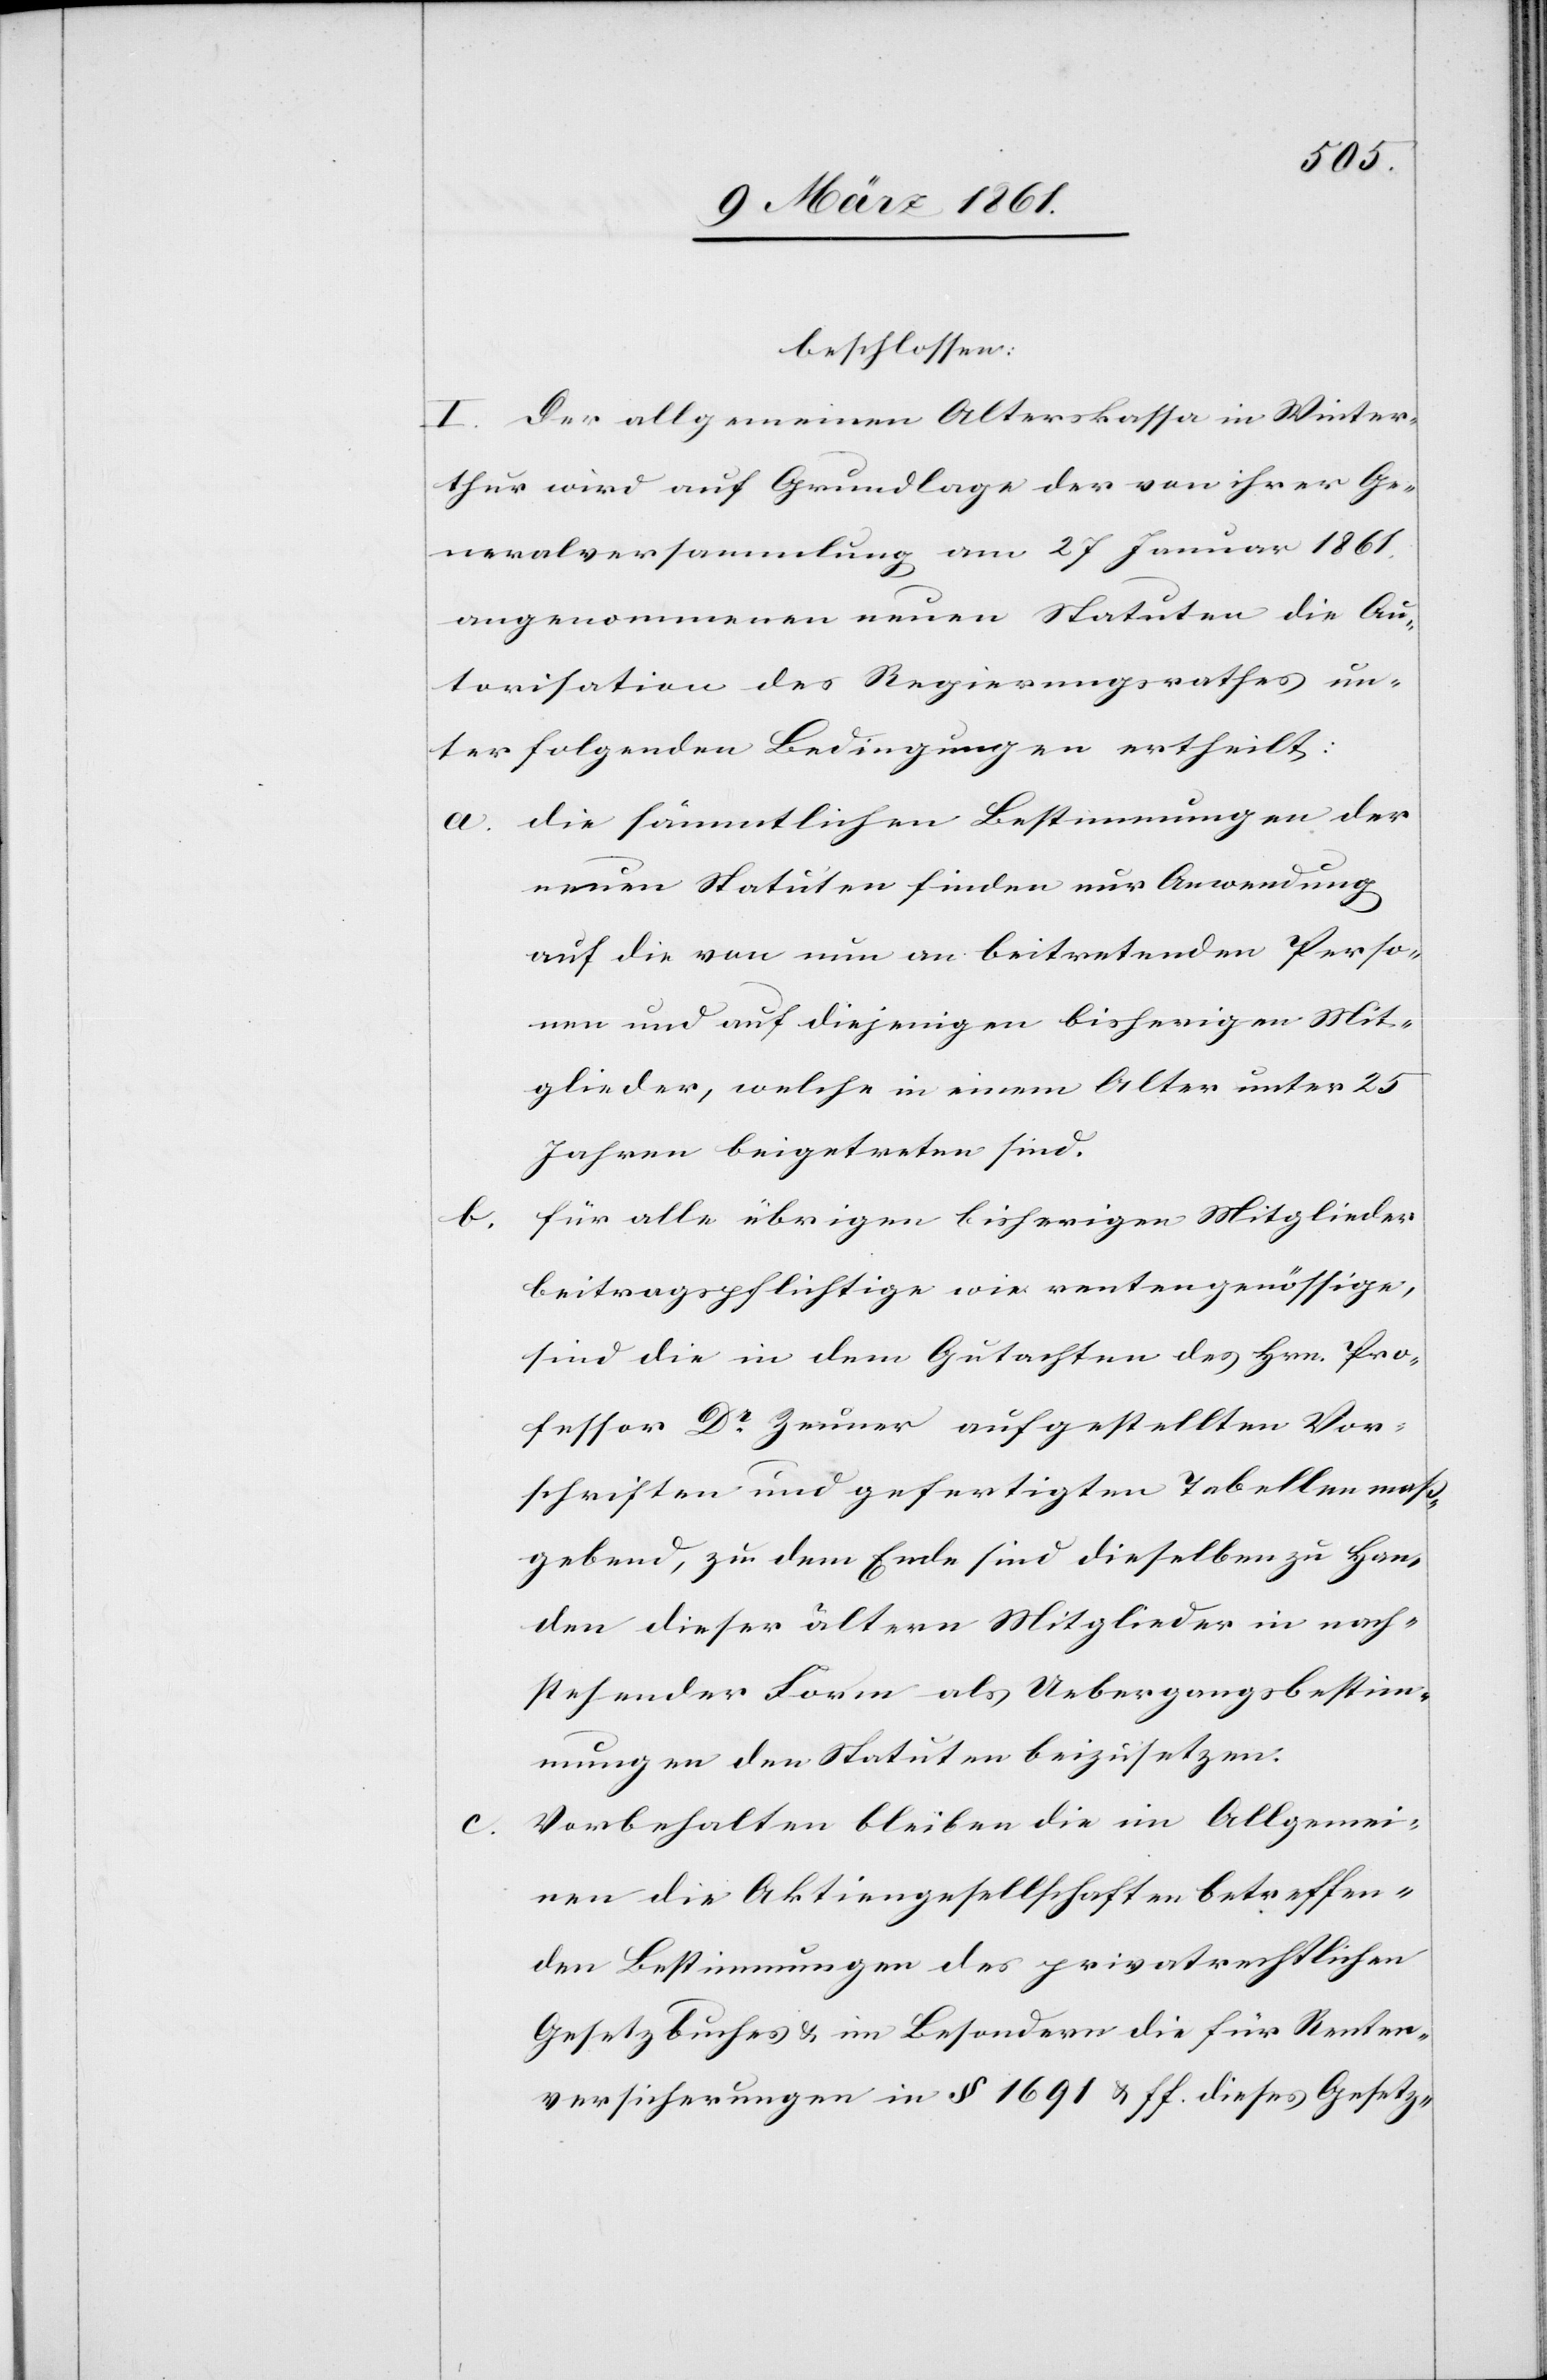
beschlossen:
I. Der allgemeinen Alterskassa in Winter¬
thur wird auf Grundlage der von ihrer Ge¬
neralversammlung am 27 Januar 1861
angenommenen neuen Statuten die Or¬
ganisation des Regierungsrathes un¬
ter folgenden Bedingungen ertheilt:
a. die sämmtlichen Bestimmungen der
neuen Statuten finden nur Anwendung
auf die von nun an beitretenden Perso¬
nen und auf diejenigen bisherigen Mit¬
glieder, welche in einem Alter unter 25
Jahren beigetreten sind.
für alle übrigen bisherigen Mitglieder
b.
beitragspflichtige wie rentengenössige,
sind die in dem Gutachten des Hrn. Pro¬
fessor Dr. Zeuner aufgestellten Vor¬
schriften und gefertigten Tabellen maß¬
gebend, zu dem Ende sind dieselben zu Han¬
den dieser ältern Mitglieder in nach¬
stehender Form als Uebergangsbestim¬
mungen den Statuten beizusetzen.
Vorbehalten bleiben die im Allgemei¬
nen die Aktiengesellschaften betreffen¬
den Bestimmungen des privatrechtlichen
Gesetzbuches u. im Besondern die für Renten¬
versicherungen in §. 1691 u. ff. dieses Gesetz-